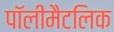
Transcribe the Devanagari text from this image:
पॉलीमैटलिक